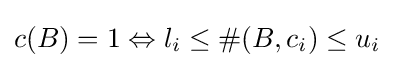
c(B)=1\Leftrightarrow l_{i}\leq \#(B,c_{i})\leq u_{i}